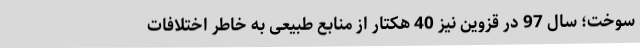
سوخت؛ سال 97 در قزوین نیز 40 هکتار از منابع طبیعی به خاطر اختلافات